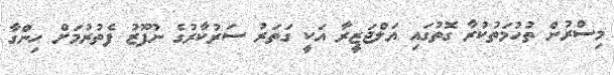
މިސްރުން ތުހުމަތުކުރާ ގޮތުގައި އަލްޖަޒީރާ އަކީ ގަތަރު ސަރުކާރުގެ ނުފޫޒު ފެތުރުމަށް ހިންގާ